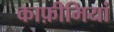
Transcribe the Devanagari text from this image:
काफ़ीमियां